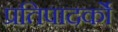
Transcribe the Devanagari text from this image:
प्रतिपादर्को